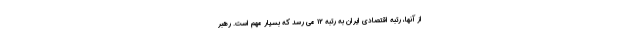
از آنها، رتبه اقتصادی ایران به رتبه ۱۲ می رسد که بسیار مهم است. رهبر